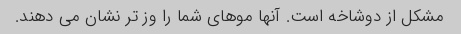
مشکل از دوشاخه است. آنها موهای شما را وز تر نشان می دهند.